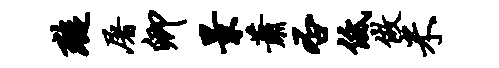
璇屠卿景萧否低做米